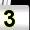
Digit: 3